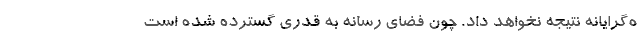
ه‌گرایانه نتیجه نخواهد داد. چون فضای رسانه به قدری گسترده شده است